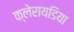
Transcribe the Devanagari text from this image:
क्लेरायडिया